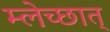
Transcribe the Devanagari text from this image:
म्लेच्छात्